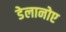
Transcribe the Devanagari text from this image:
डेलानोए